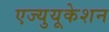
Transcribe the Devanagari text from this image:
एज्युयूकेशन